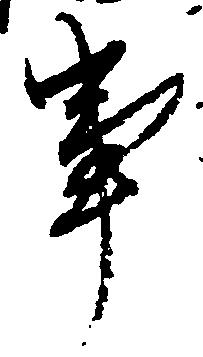
事